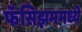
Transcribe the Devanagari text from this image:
फॅसिझममध्ये